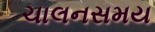
ચાલનસમય